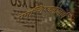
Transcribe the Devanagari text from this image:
प्रमस्तिष्कगोलार्ध